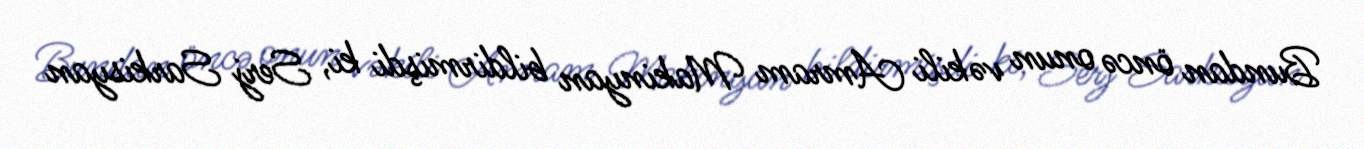
Bundan öncə onun vəkili Amram Makinyan bildirmişdi ki, Serj Sarkisyan